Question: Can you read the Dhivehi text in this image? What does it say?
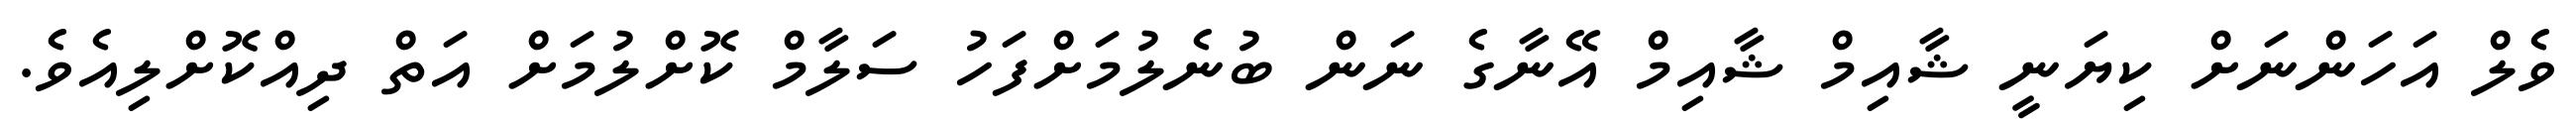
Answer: ވެލް އަހަންނަށް ކިޔަނީ ޝާއިމް ޝާއިމް އޭނާގެ ނަން ބުނެލުމަށްފަހު ސަލާމް ކޮށްލުމަށް އަތް ދިއްކޮށްލިއެވެ.